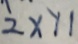
2 \times 1 1